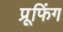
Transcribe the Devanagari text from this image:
प्रूफिंग